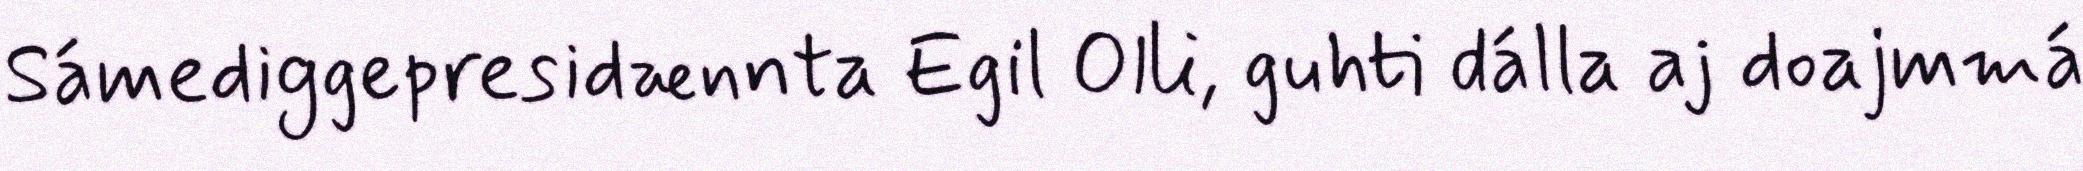
Sámediggepresidænnta Egil Olli, guhti dálla aj doajmmá